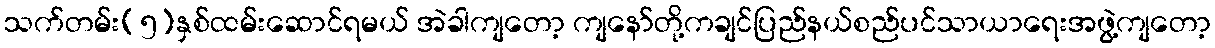
သက်တမ်း(၅)နှစ်ထမ်းဆောင်ရမယ် အဲခါကျတော့ ကျနော်တို့ကချင်ပြည်နယ်စည်ပင်သာယာရေးအဖွဲ့ကျတော့